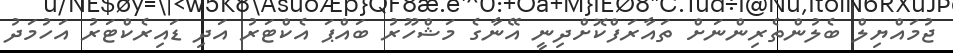
ޖުމައްޔިލް ބެލުންތެރިންނަށް ތައާރަފްކޮށްދިނީ އޭނާގެ މަޝްހޫރު ބައްޕަ އެކްޓަރު އަދި ޑައިރެކްޓަރު އަހުމަދު